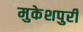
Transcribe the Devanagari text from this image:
मुकेशपुरी